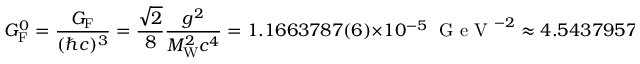
G _ { \mathrm { { F } } } ^ { 0 } = { \frac { G _ { \mathrm { { F } } } } { ( \hbar c ) ^ { 3 } } } = { \frac { \sqrt { 2 } } { 8 } } { \frac { g ^ { 2 } } { M _ { \mathrm { { W } } } ^ { 2 } c ^ { 4 } } } = 1 . 1 6 6 3 7 8 7 ( 6 ) \times 1 0 ^ { - 5 } \; { \textrm { G e V } } ^ { - 2 } \approx 4 . 5 4 3 7 9 5 7 \times 1 0 ^ { 1 4 } \; { \textrm { J } } ^ { - 2 } \ .